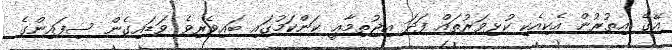
އޭގެ އިތުރުން އެކިއެކި ކުޅިވަރުތައް ފަދަ އިޖުތިމާޢީ ކަންކަމުގައި ބައިވެރިވެ ވަޑައިގެން ސިފައިންގެ